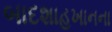
બાદશાહખાનના